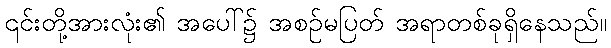
၎င်းတို့အားလုံး၏ အပေါ်၌ အစဉ်မပြတ် အရာတစ်ခုရှိနေသည်။